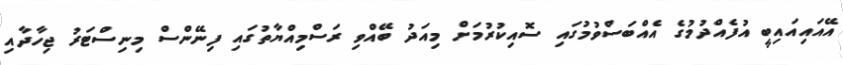
އޭއައިއައިބީ އުފެއްދުމުގެ އެއްބަސްވުމުގައި ސޮއިކުރުމަށް މިއަދު ބޭއްވި ރަސްމިއްޔާތުގައި ފިނޭންސް މިނިސްޓަރު ޖިހާދާއި